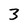
Character: 3